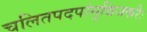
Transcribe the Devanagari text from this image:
चलितपदपांसून्निजकरैः